Scientific memoirs by medical officers of the Army of India - Part XII,
Year: 1901
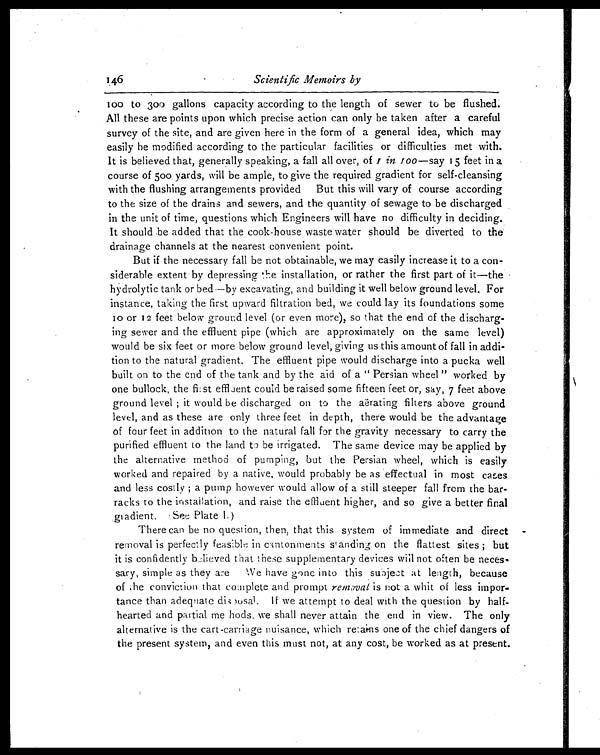
Scientific Memoirs by
100 to 300 gallons capacity according to the length of sewer to be flushed.
All these are points upon which precise action can only be taken after a careful
survey of the site, and are given here in the form of a general idea, which may
easily be modified according to the particular facilities or difficulties met with.
It is believed that, generally speaking, a fall all over, of 1 in 100—say 15 feet in a
course of 500 yards, will be ample, to give the required gradient for self-cleansing
with the flushing arrangements provided But this will vary of course according
to the size of the drains and sewers, and the quantity of sewage to be discharged
in the unit of time, questions which Engineers will have no difficulty in deciding.
It should be added that the cook-house waste water should be diverted to the
drainage channels at the nearest convenient point.
But if the necessary fall be not obtainable, we may easily increase it to a con
-siderable extent-by depressing the installation, or rather the first part of it—the
hydrolytic tank or bed—by excavating, and building it well below ground level. For
instance, taking the first upward filtration bed, we could lay its foundations some
10 or 12 feet below ground level (or even more), so that the end of the discharg
-ing sewer and the effluent pipe (which are approximately on the same level)
would be six feet or more below ground level, giving us this amount of fall in addi-
tion to the natural gradient. The effluent pipe would discharge into a pucka well
built on to the end of the tank and by the aid of a "Persian wheel" worked by
one bullock, the first effluent could be raised some fifteen feet or, say, 7 feet above
ground level; it would be discharged on to the aërating filters above ground
level, and as these are only three feet in depth, there would be the advantage
of four feet in addition to the natural fall for the gravity necessary to carry the
purified effluent to the land to be irrigated. The same device may be applied by
the alternative method of pumping, but the Persian wheel, which is easily
worked and repaired by a native, would probably be as effectual in most cases
and less costly; a pump however would allow of a still steeper fall from the bar
-racks to the installation, and raise the effluent higher, and so give a better final
gradient. (See Plate I.)
There can be no question, then, that this system of immediate and direct
removal is perfectly feasible in cantonments standing on the flattest sites; but
it is confidently believed that these supplementary devices will not often be neces-
- s a r y , s i m p l e a s t h e y a r e W e h a v e g o n e i n t o t h i s s u b j e c t a t l e n g t h , b e c a u s e
of the conviction that complete and prompt removal is not a whit of less impor
-tance than adequate disposal. If we attempt to deal with the question by half
- h e a r t e d a n d p a r t i a l m e h o d s , w e s h a l l n e v e r a t t a i n t h e e n d i n v i e w . T h e o n l y
alternative is the cart-carriage nuisance, which retains one of the chief dangers of
the present system, and even this must not, at any cost, be worked as at present.
146